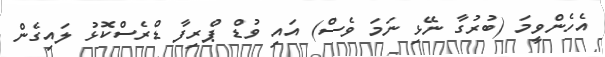
އެހެންވީމަ (ބުރުގާ ނޭޅި ނަމަ ވެސް) އައި ވުޑް ޕްރިފާ ޑްރެސްކޮޅު ލައިގެން